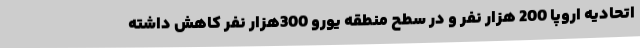
اتحادیه اروپا 200 هزار نفر و در سطح منطقه یورو 300هزار نفر کاهش داشته